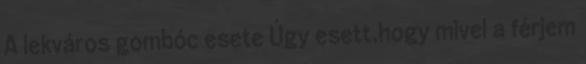
A lekváros gombóc esete Úgy esett,hogy mivel a férjem